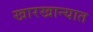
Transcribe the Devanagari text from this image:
खारखान्यात